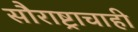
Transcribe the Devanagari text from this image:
सौराष्ट्राचाही